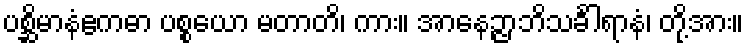
ပစ္ဆိမာနံဧကဓာ ပစ္စယော မတာတိ၊ ကား။ အာနေဉ္ဇာဘိသင်္ခါရာနံ၊ တို့အား။